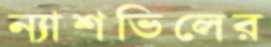
ন্যাশভিলের